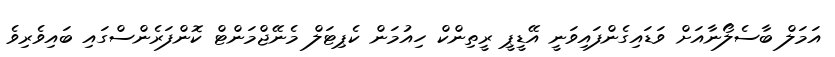
އަމަލް ބާސެލޯނާއަށް ވަޑައިގެންފައިވަނީ އޭޑީޕީ ރީތިންކް ހިއުމަން ކެޕިޓަލް މެނޭޖްމަންޓް ކޮންފަރެންސްގައި ބައިވެރިވެ